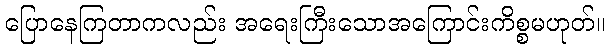
ပြောနေကြတာကလည်း အရေးကြီးသောအကြောင်းကိစ္စမဟုတ်။